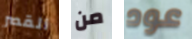
القصر من عود